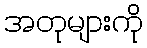
အတုများကို